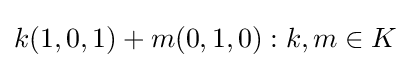
{k(1,0,1)+m(0,1,0):k,m\in K}